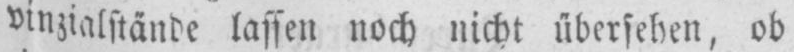
vinzialstände lassen noch nicht übersehen, ob